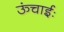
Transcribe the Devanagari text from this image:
ऊंचाईः